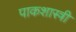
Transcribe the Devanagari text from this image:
पाकशास्त्री